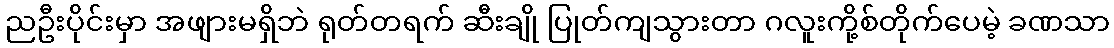
ညဦးပိုင်းမှာ အဖျားမရှိဘဲ ရုတ်တရက် ဆီးချို ပြုတ်ကျသွားတာ ဂလူးကို့စ်တိုက်ပေမဲ့ ခဏသာ